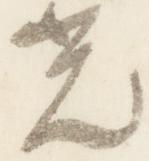
光